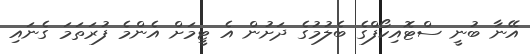
އޭނާ ބުނީ ސްޓޮއިކޯފްގެ ބެލުމުގެ ދަށުން އެ ޓީމަށް އެންމެ ފުރަތަމަ ގެނައި